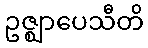
ဥဇ္ဈာပေသီတိ